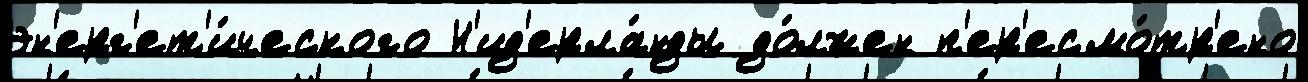
эн'ерг'ет'и́ческого Н'ид'ерла́нды до́лжен п'ер'есмо́тр'ено